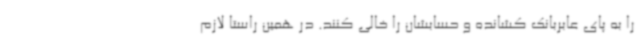
را به پای عابربانک کشانده و حسابشان را خالی کنند. در همین راستا لازم